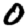
Digit: 0